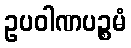
ဥပဝါဏပဉ္စမံ